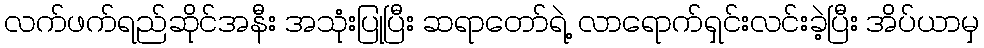
လက်ဖက်ရည်ဆိုင်အနီး အသုံးပြုပြီး ဆရာတော်ရဲ့ လာရောက်ရှင်းလင်းခဲ့ပြီး အိပ်ယာမှ